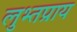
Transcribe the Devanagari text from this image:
लुभ्तप्राय